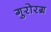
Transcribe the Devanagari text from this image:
गुरोरग्र